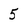
Character: 5